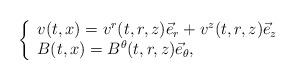
LaTeX: \begin{align*} \left\{ \begin{array}{ll} v(t,x)=v^r(t,r,z) \vec{e}_{r} +v^z(t,r,z) \vec{e}_{z}\\ B(t,x)=B^\theta(t,r,z) \vec{e}_{\theta} ,\end{array} \right.\end{align*}